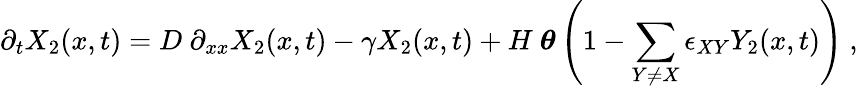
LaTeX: \partial_{t}X_{2}(x,t)=D~\partial_{xx}X_{2}(x,t)-\gamma X_{2}(x,t)+H~\boldsymbol\theta\left(1-\sum_{Y\neq X}\epsilon_{XY}Y_{2}(x,t)\right)~,